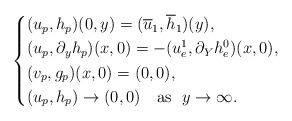
LaTeX: \begin{align*}\left \{\begin{aligned}&(u_p,h_p)(0,y)=(\overline{u}_1,\overline{h}_1)(y),\\&(u_p,\partial_y h_p)(x,0)=-(u^1_e,\partial_Y h^0_e)(x,0),\\&(v_p,g_p)(x,0)=(0,0),\\&(u_p,h_p) \to (0,0) \ \ \ \mathrm{as} \ \ y \to \infty.\end{aligned}\right.\end{align*}